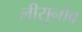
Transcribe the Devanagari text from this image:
लीसुनोव